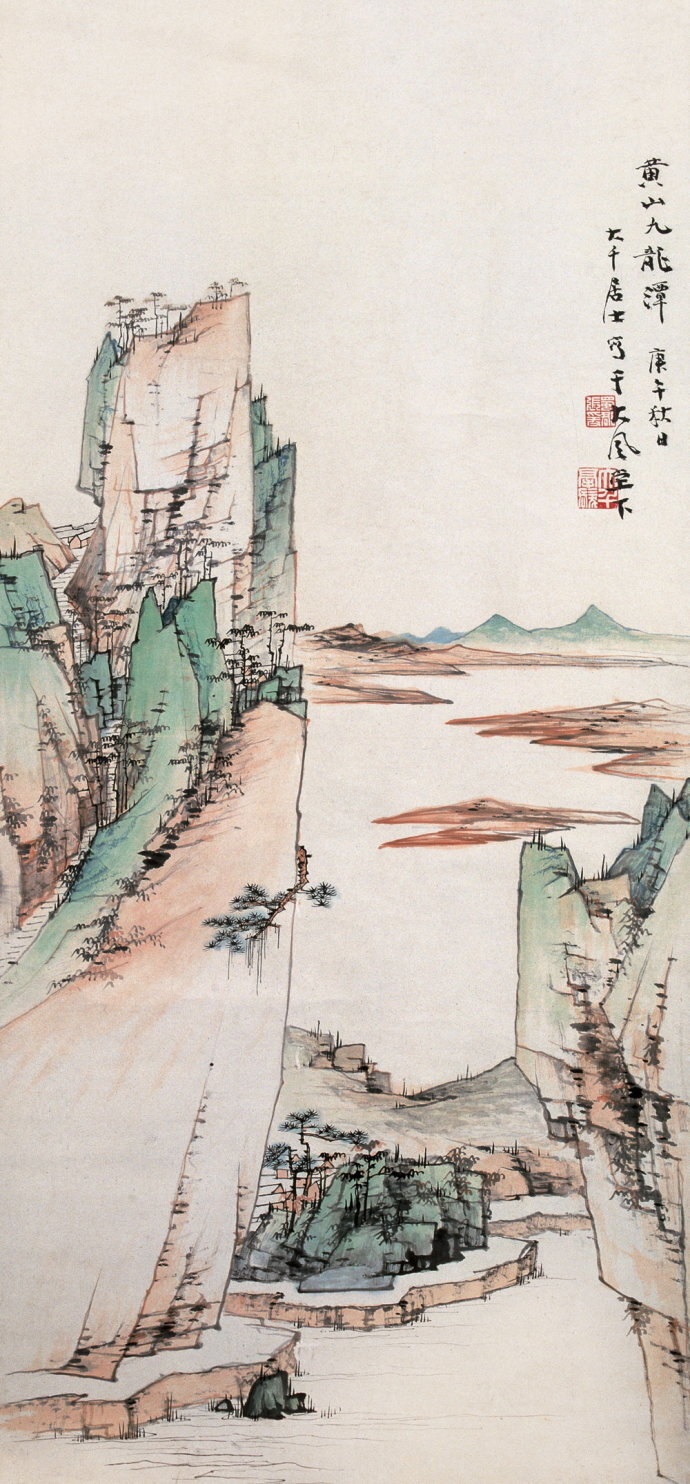
曾经沧海难为水，除却巫山不是云。